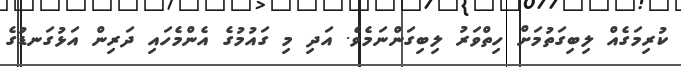
ކުރިމަގެއް ލިބިގަތުމަށް ހިތްވަރު ލިބިގަންނަމެވެ. އަދި މި ގައުމުގެ އެންމެހައި ދަރިން އަޅުގަނޑުގެ